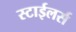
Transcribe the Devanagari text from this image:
स्टाईलर्स